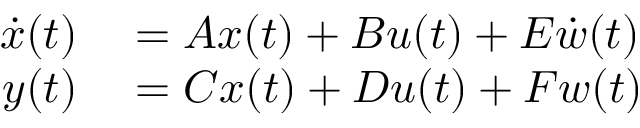
\begin{array} { r l } { \dot { x } ( t ) } & { { } = A x ( t ) + B u ( t ) + E \dot { w } ( t ) } \\ { y ( t ) } & { { } = C x ( t ) + D u ( t ) + F w ( t ) } \end{array}